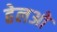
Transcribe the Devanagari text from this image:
हेलओ